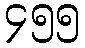
၄၅၅